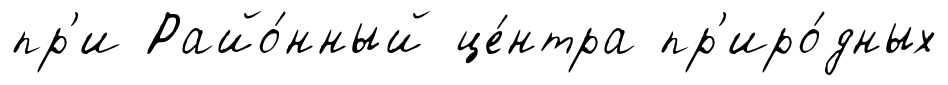
пр'и Райо́нный це́нтра пр'иро́дных